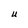
Character: U